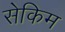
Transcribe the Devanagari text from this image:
सेकिम